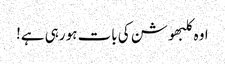
اوہ کلبھوشن کی بات ہو رہی ہے!